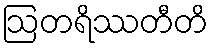
ဩတရိဿတီတိ